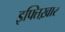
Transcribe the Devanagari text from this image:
इफ्तिख़ार